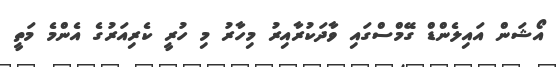
އޯޝަން އައިލެންޑް ގޭމްސްގައި ވާދަކުރާއިރު މިހާރު މި ހުރީ ކެރިއަރުގެ އެންމެ މަތީ